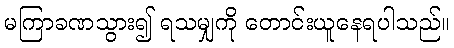
မကြာခဏသွား၍ ရသမျှကို တောင်းယူနေရပါသည်။